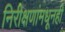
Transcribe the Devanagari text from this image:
निरीक्षणांमधूनही